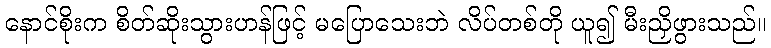
နောင်စိုးက စိတ်ဆိုးသွားဟန်ဖြင့် မပြောသေးဘဲ လိပ်တစ်တို ယူ၍ မီးညှိဖွားသည်။